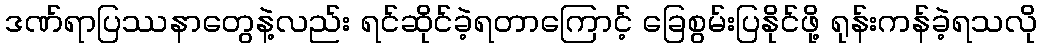
ဒဏ်ရာပြဿနာတွေနဲ့လည်း ရင်ဆိုင်ခဲ့ရတာကြောင့် ခြေစွမ်းပြနိုင်ဖို့ ရုန်းကန်ခဲ့ရသလို